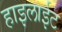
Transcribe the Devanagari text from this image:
हाइलाईट